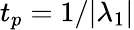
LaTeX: t_{p}=1/|\lambda_{1}|